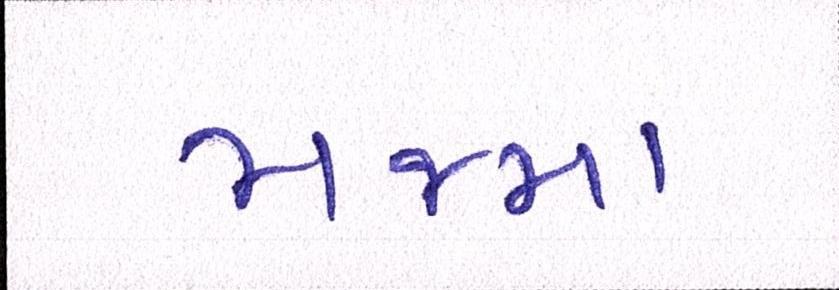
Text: મજમા